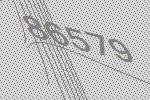
86579